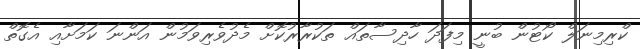
ކްރިމިނަލް ކޯޓުން ބުނީ މިފަދަ ހާދިސާތައް ތަކުރާރުކޮށް މެދުވެރިވަމުން އަންނަ ކަމަށާއި އެގޮތް